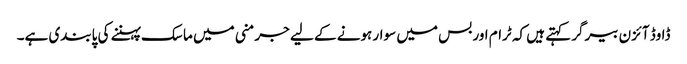
ڈاوڈ آئزن بیرگر کہتے ہیں کہ ٹرام اور بس میں سوار ہونے کے لیے جرمنی میں ماسک پہننے کی پابندی ہے۔